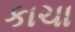
કાચા